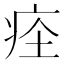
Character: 𤵞